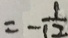
= - \frac { 1 } { 1 2 }